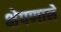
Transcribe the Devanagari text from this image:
क्षेपणाने